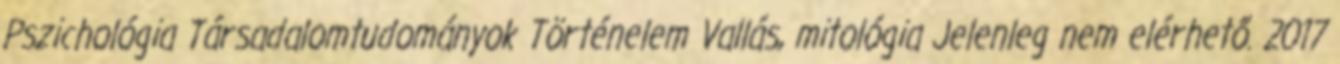
Pszichológia Társadalomtudományok Történelem Vallás, mitológia Jelenleg nem elérhető. 2017